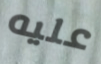
عليه